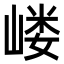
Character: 嵝